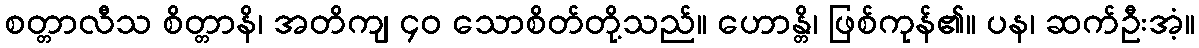
စတ္တာလီသ စိတ္တာနိ၊ အတိကျ ၄၀ သောစိတ်တို့သည်။ ဟောန္တိ၊ ဖြစ်ကုန်၏။ ပန၊ ဆက်ဦးအံ့။